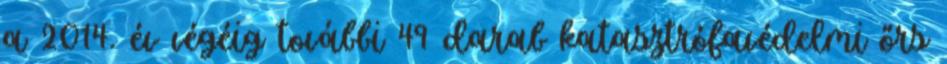
a 2014. év végéig további 49 darab katasztrófavédelmi őrs